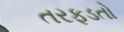
તરફડતો